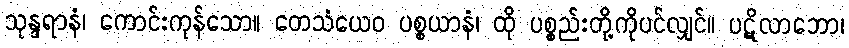
သုန္ဒရာနံ၊ ကောင်းကုန်သော။ တေသံယေဝ ပစ္စယာနံ၊ ထို ပစ္စည်းတို့ကိုပင်လျှင်။ ပဋိလာဘော၊